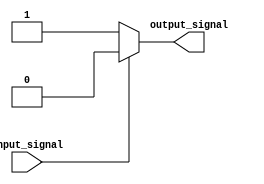
module generate_function #(

    parameter INPUT_PARAM_1 = 0,
    parameter INPUT_PARAM_2 = 0

) (
    input wire input_signal,
    output wire output_signal
);

    // Behavioral modeling block for Generate Function
    always @* begin
        if (input_signal == INPUT_PARAM_1) begin
            // Generate specific code based on INPUT_PARAM_1
            output_signal = 1;
        end
        else if (input_signal == INPUT_PARAM_2) begin
            // Generate specific code based on INPUT_PARAM_2
            output_signal = 0;
        end
        else begin
            // Default behavior
            output_signal = 0;
        end
    end
    
endmodule